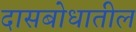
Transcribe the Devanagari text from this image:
दासबोधातील